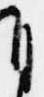
自